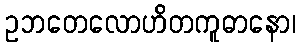
ဥဘတေလောဟိတကူဓာနော၊